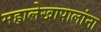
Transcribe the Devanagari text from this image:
महालेखापालांना